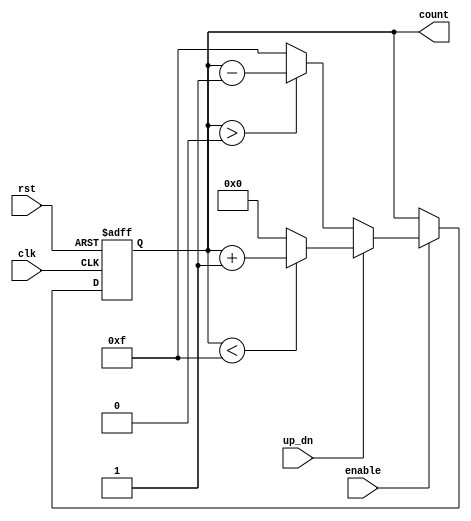
module UpDownCounter (
    input wire clk,          // Clock signal
    input wire rst,          // Asynchronous reset
    input wire up_dn,        // Up (1) / Down (0) control signal
    input wire enable,       // Enable counting
    output reg [3:0] count   // 4-bit count output (adjust size as needed)
);

    // Define the maximum value for a 4-bit counter
    localparam MAX_COUNT = 4'b1111; // 15

    always @(posedge clk or posedge rst) begin
        if (rst) begin
            count <= 4'b0000; // Reset the counter to 0
        end else if (enable) begin
            if (up_dn) begin
                // Count up
                if (count < MAX_COUNT) begin
                    count <= count + 1;
                end else begin
                    count <= 4'b0000; // Wrap around to 0
                end
            end else begin
                // Count down
                if (count > 0) begin
                    count <= count - 1;
                end else begin
                    count <= MAX_COUNT; // Wrap around to MAX_COUNT (15)
                end
            end
        end
    end

endmodule